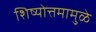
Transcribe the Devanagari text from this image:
शिष्योत्तमामुळे